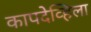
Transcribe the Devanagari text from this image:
कापदेव्हिला